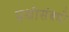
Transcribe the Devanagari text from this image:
प्रश्नांसंबधी